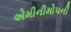
એમીનીમોપની